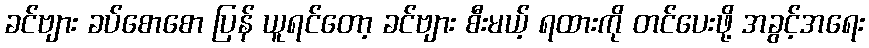
ခင်ဗျား ခပ်စောစော ပြန် ယူရင်တော့ ခင်ဗျား စီးမယ့် ရထားကို တင်ပေးဖို့ အခွင့်အရေး